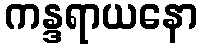
ကန္ဒရာယနော